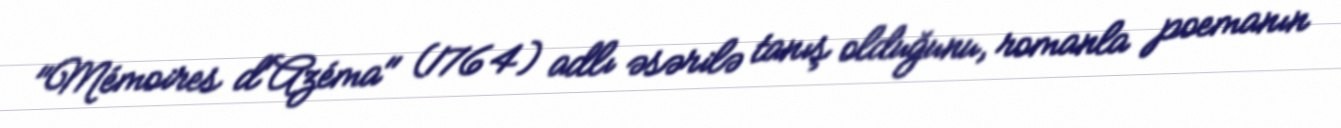
"Mémoires d'Azéma" (1764) adlı əsərilə tanış olduğunu, romanla poemanın